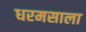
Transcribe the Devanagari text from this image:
धरमसाला